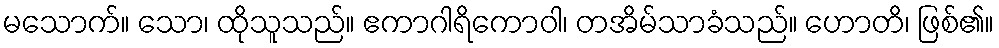
မသောက်။ သော၊ ထိုသူသည်။ ဧကာဂါရိကောဝါ၊ တအိမ်သာခံသည်။ ဟောတိ၊ ဖြစ်၏။